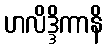
ဟလိဒ္ဒိကာနိ